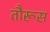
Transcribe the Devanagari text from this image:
तौरूस